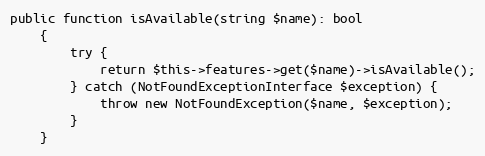
Language: PHP
public function isAvailable(string $name): bool
    {
        try {
            return $this->features->get($name)->isAvailable();
        } catch (NotFoundExceptionInterface $exception) {
            throw new NotFoundException($name, $exception);
        }
    }